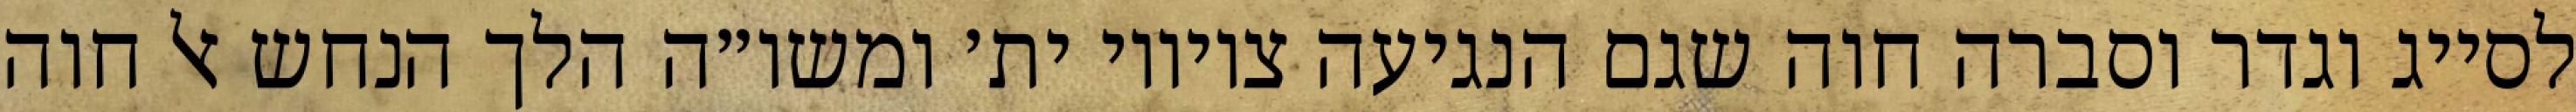
לסייג וגדר וסברה חוה שגם הנגיעה ציוויו ית׳ ומשו״ה הלך הנחש אל חוה